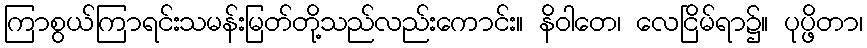
ကြာစွယ်ကြာရင်းသမန်းမြတ်တို့သည်လည်းကောင်း။ နိဝါတေ၊ လေငြိမ်ရာ၌။ ပုပ္ဖိတာ၊